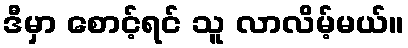
ဒီမှာ စောင့်ရင် သူ လာလိမ့်မယ်။